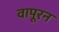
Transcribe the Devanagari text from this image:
वापूरन